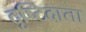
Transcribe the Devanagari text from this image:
दृष्टिदाता